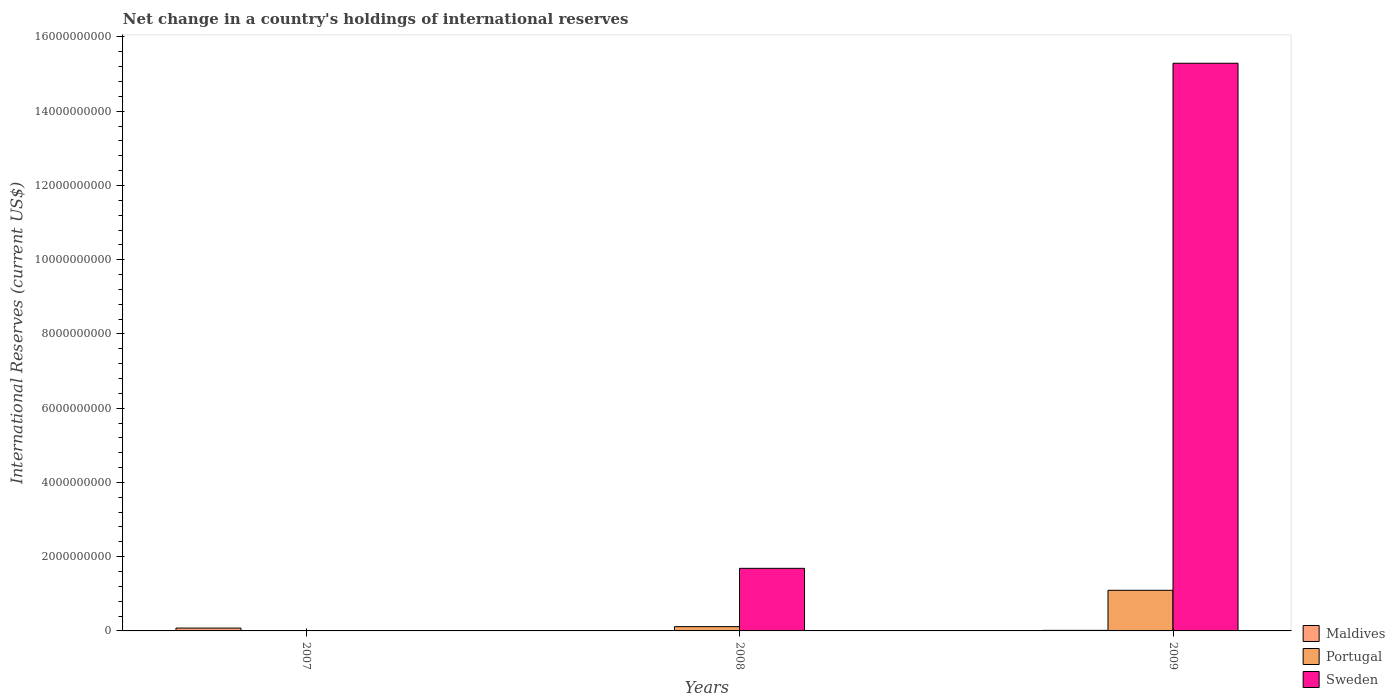
| Years | Maldives | Portugal | Sweden |
 | --- | --- | --- | --- |
 | 2007 | 7.67e+07 | -9.62e+08 | -4.47e+08 |
 | 2008 | -6.53e+07 | 1.15e+08 | 1.69e+09 |
 | 2009 | 1.54e+07 | 1.09e+09 | 1.53e+10 |